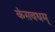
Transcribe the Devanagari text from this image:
कंसवधम्